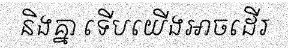
និងគ្នា ទើបយើងអាចដើរ